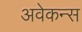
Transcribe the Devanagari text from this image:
अवेकन्स